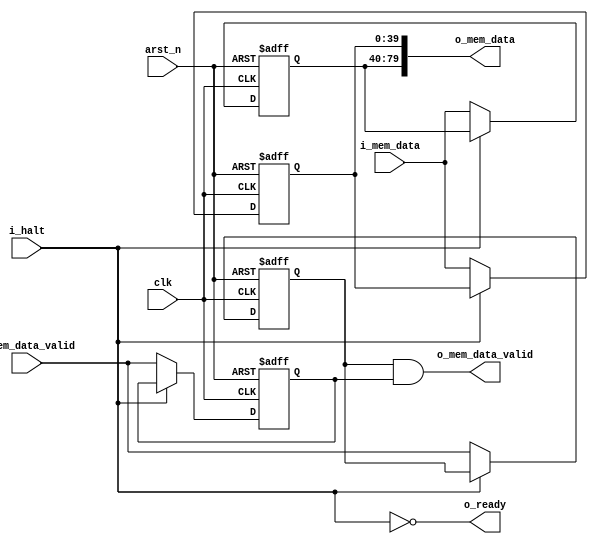
module memory_buffer(
    input   wire    [EXT_MEM_DATA_WIDTH-1:0]    i_mem_data,
    input   wire                                i_mem_data_valid,

    input   wire                                clk,
    input   wire                                arst_n, 
    input   wire                                i_halt,

    output  wire    [INT_MEM_DATA_WIDTH-1:0]    o_mem_data,
    output  wire                                o_mem_data_valid,
    output  wire                                o_ready
);

    localparam EXT_MEM_DATA_WIDTH = 40;
    localparam INT_MEM_DATA_WIDTH = 80;

    assign o_ready = ~i_halt;
  
    reg r_mem_data_valid_pos;
    reg r_mem_data_valid_neg;

    assign o_mem_data_valid = r_mem_data_valid_pos & r_mem_data_valid_neg; // full packet received

    reg [EXT_MEM_DATA_WIDTH-1:0] r_mem_data_pos;
    reg [EXT_MEM_DATA_WIDTH-1:0] r_mem_data_neg;

    always @(posedge clk, negedge arst_n) begin
        if(~arst_n) begin
            r_mem_data_pos <= {EXT_MEM_DATA_WIDTH{1'b0}};
            r_mem_data_valid_pos <= 1'b0;
        end
        else if(~i_halt) begin
            r_mem_data_pos <= i_mem_data;
            r_mem_data_valid_pos <= i_mem_data_valid;
        end
    end

    always @(negedge clk, negedge arst_n) begin
        if(~arst_n) begin
            r_mem_data_neg <= {EXT_MEM_DATA_WIDTH{1'b0}};
            r_mem_data_valid_neg <= 1'b0;
        end
        else if(~i_halt) begin
            r_mem_data_neg <= i_mem_data;
            r_mem_data_valid_neg <= i_mem_data_valid;
        end
    end

    assign o_mem_data = {r_mem_data_pos, r_mem_data_neg};

endmodule